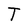
Character: T